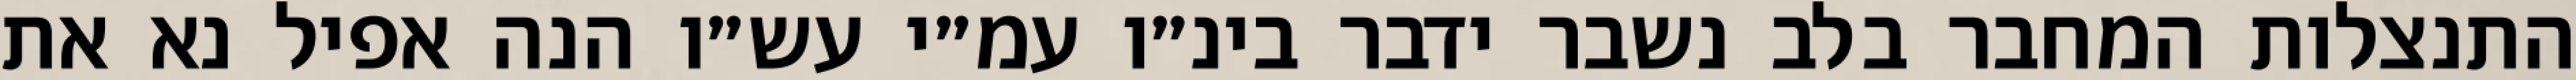
התנצלות המחבר בלב נשבר ידבר בינ״ו עמ״י עש״ו הנה אפיל נא את